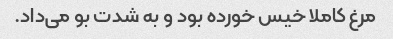
مرغ کاملا خیس خورده بود و به شدت بو می‌داد.